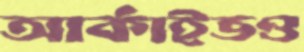
আর্কাইভও